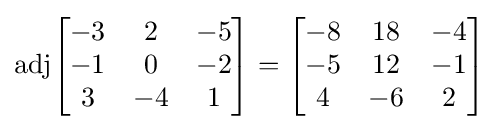
\operatorname {adj} \!{\begin{bmatrix}-3&2&-5\\-1&0&-2\\3&-4&1\end{bmatrix}}={\begin{bmatrix}-8&18&-4\\-5&12&-1\\4&-6&2\end{bmatrix}}